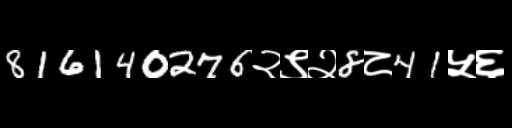
Text: 816140276२९२8८41५६